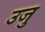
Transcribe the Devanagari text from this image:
उजु